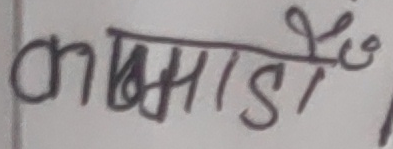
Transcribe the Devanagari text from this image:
कक्षामाडौं